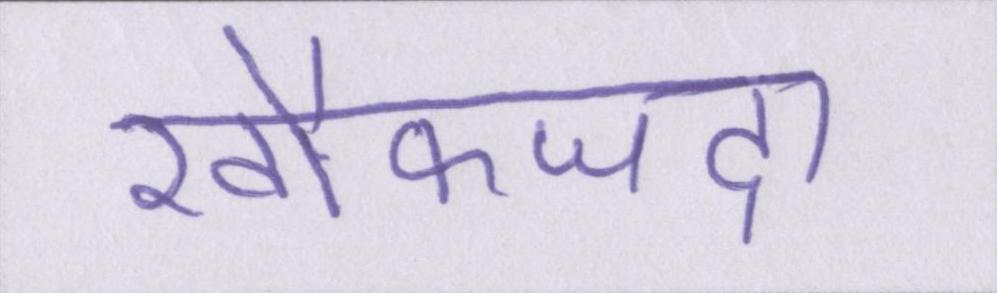
खौफजदा